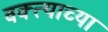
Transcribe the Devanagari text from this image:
वक्त्याच्या